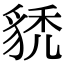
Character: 𧳌